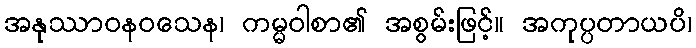
အနုဿာဝနဝသေန၊ ကမ္မဝါစာ၏ အစွမ်းဖြင့်။ အကုပ္ပတာယပိ၊